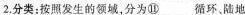
2.分类：按照发生的领域，分为⑪___循环，陆地